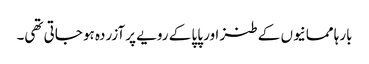
بارہا ممانیوں کے طنز اور پاپا کے رویے پر آزردہ ہو جاتی تھی۔